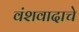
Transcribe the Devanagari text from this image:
वंशवादाचे